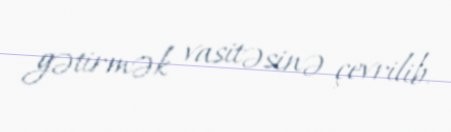
gətirmək vasitəsinə çevrilib.